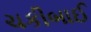
ચકીબાઈ